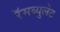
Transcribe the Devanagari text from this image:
रॅमब्युलेट